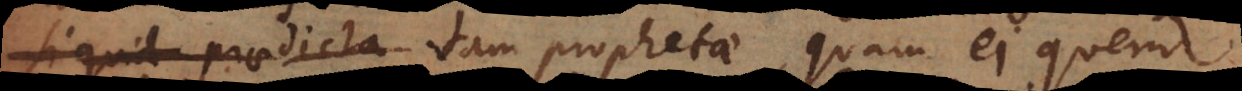
si quid praedicta tam prophetae, quam ei quem